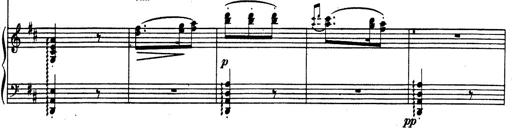
Title: Rhapsodie espagnole
Composer: Franz Liszt